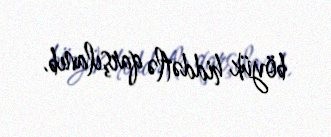
böyük hiddətlə qarşılanıb.